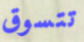
تتسوق